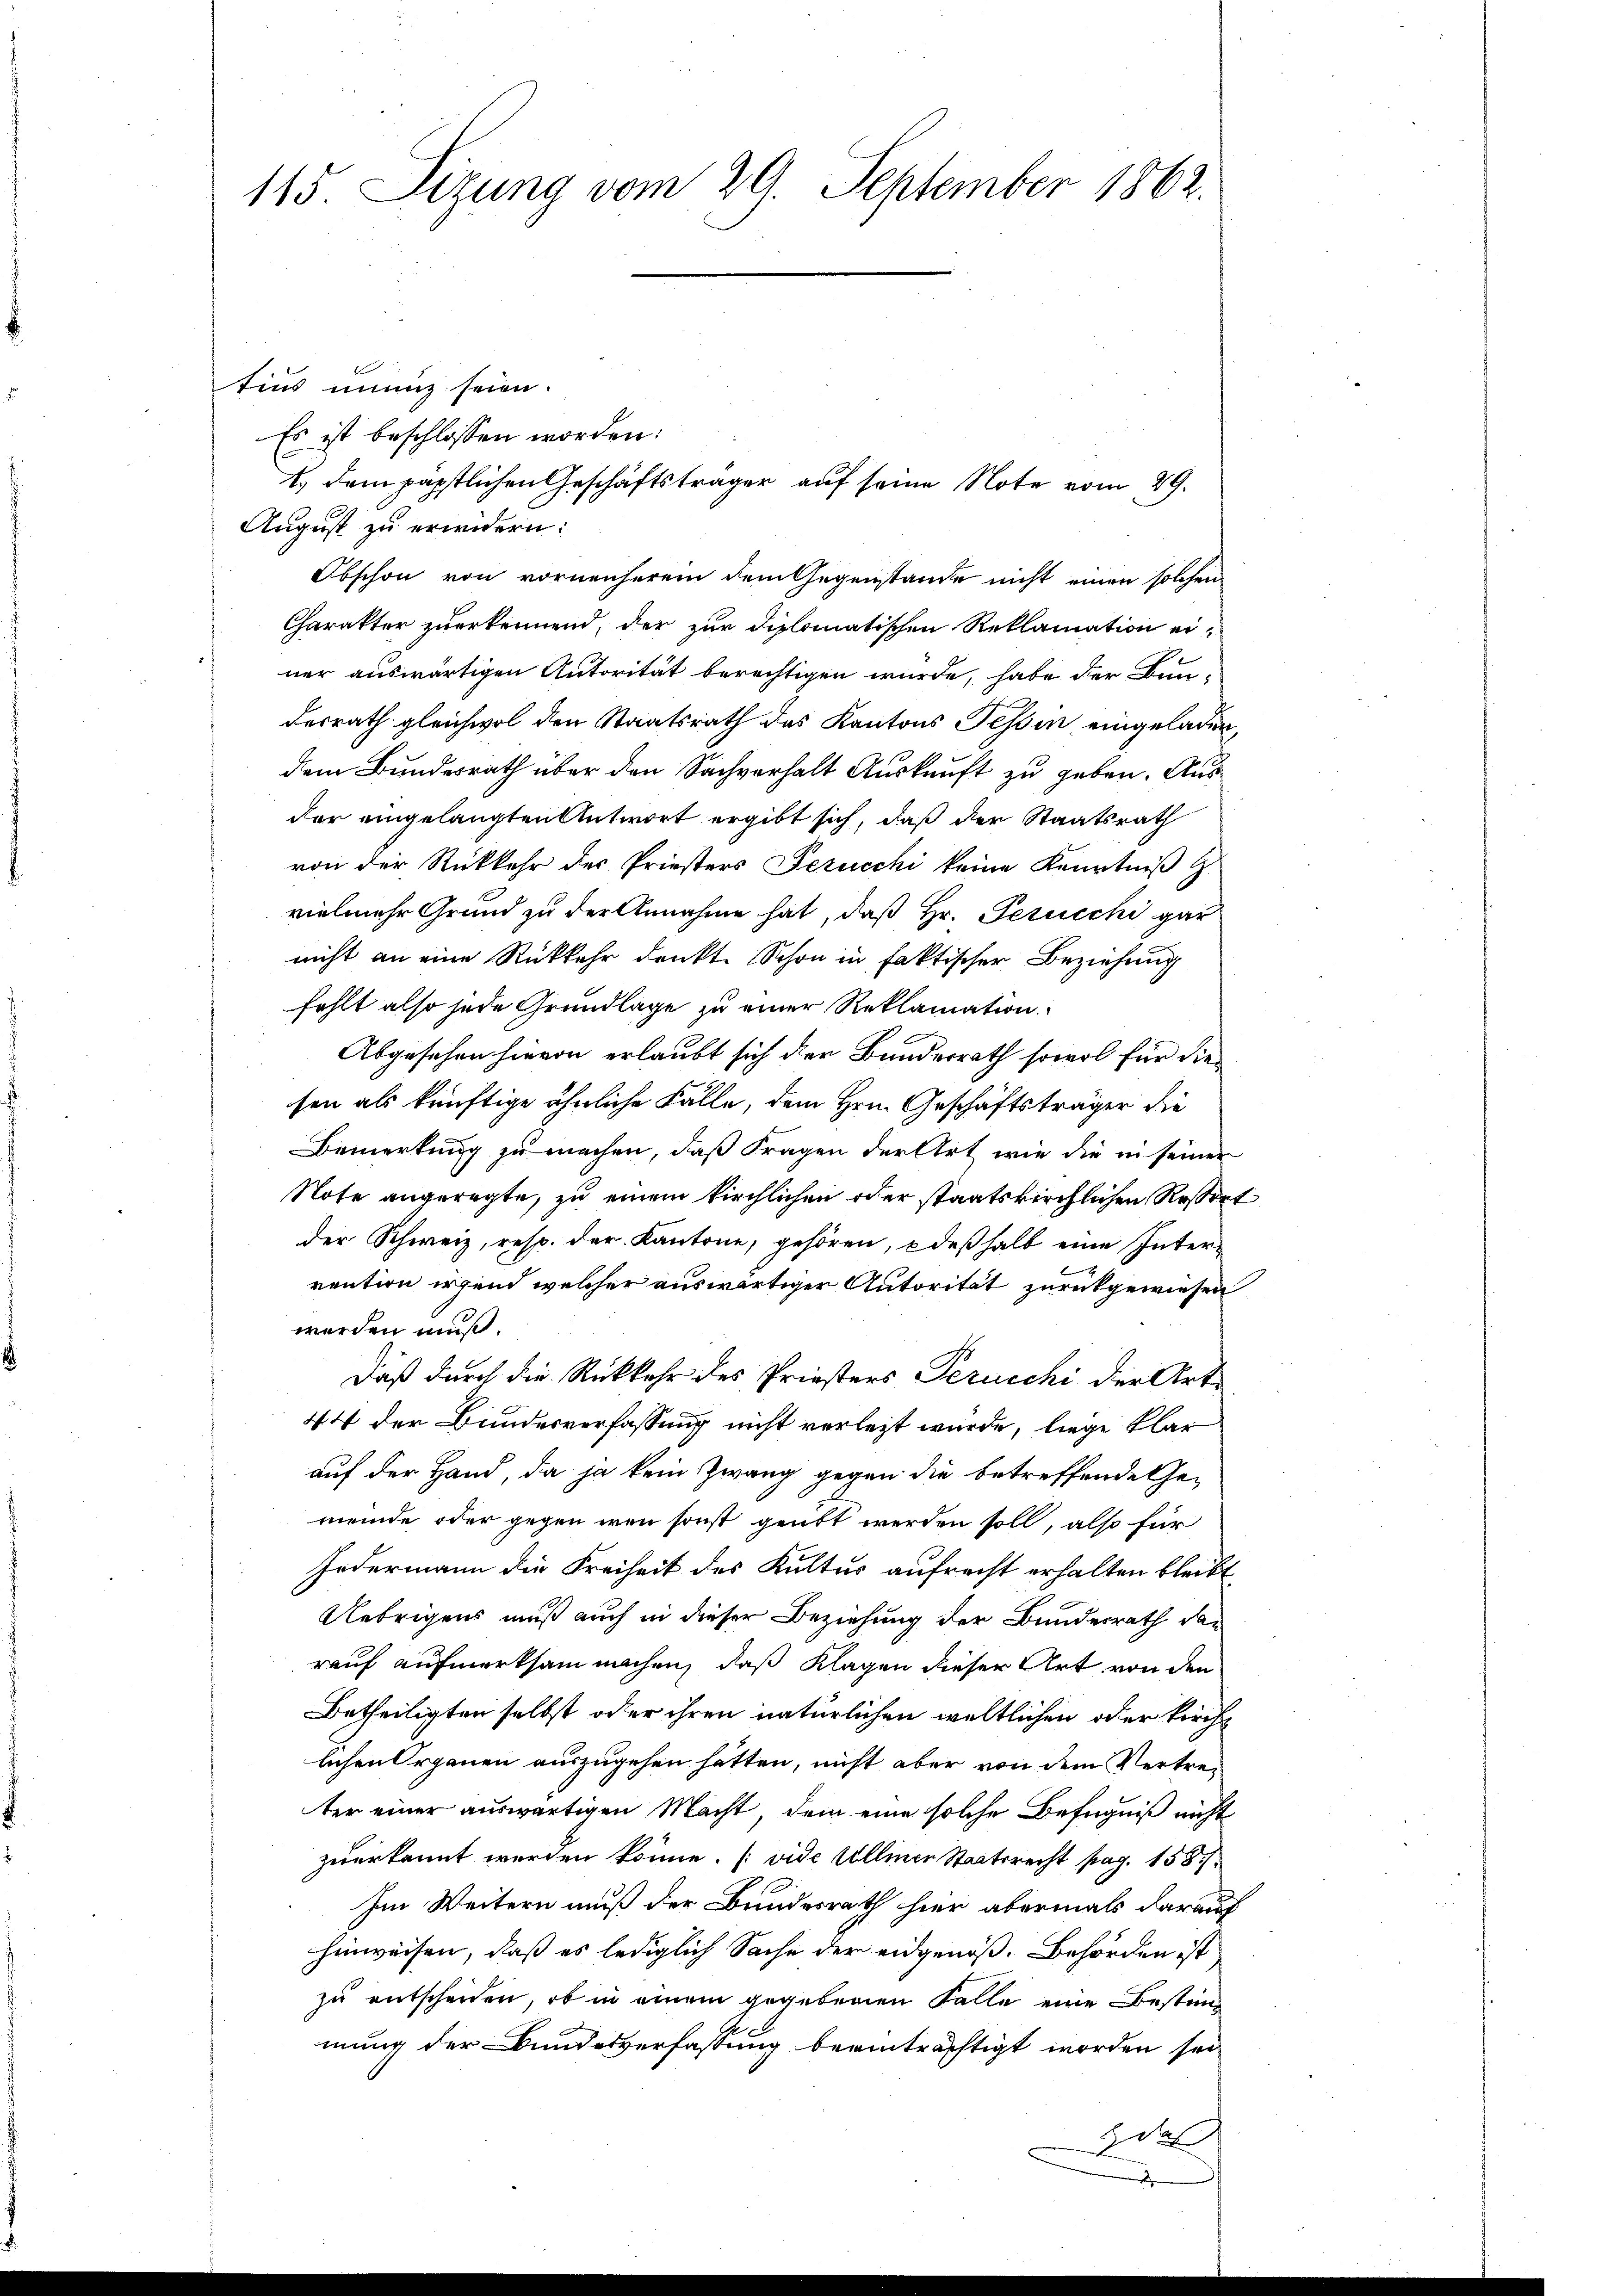
115. Sizung vom 29. September 1863.

tius unung seien.
Es ist beschlossen worden:
August zu erindern:
Obschon von vornenherem dem Gegenstände nicht einen solchen
Charakter zuerkennend, der zur diplomatischen Reklamation einer auswärtigen Autorität berechtigen wurde, habe der Bun-
derrath gleichwol den Staatsrath des Kantons Tessin eingeladen,
dem Bundesrath über den Sachverhalt Auskunft zu geben. Aus
der eingelangten Antwort ergibt sich, daß der Staatsrath
von der Rückkehr des Priesters Perucchi keine Kenntniß z
vielmehr Grund zu der Annahme hat, daß Hr. Perucchi gar
nicht an eine Rückkehr denkt. Schon in faktischer Beziehung
fehlt also jede Grundlage zu einer Reklamation.
Abgesehen hievon erlaubt sich der Bundesrath sowol für die
sen als künftige ähnliche Falle, dem Hrn. Geschäftsträger die
Bemerkung zu machen, daß Fragen der Art, wie die in seiner
Note angeregte, zu einem kirchlichen oder staatskirchlichen Resert
der Schweiz, resp. der Kantone, gehören, deßhalb eine Inter-
rention irgend welcher auswärtiger Autorität zurückgewiesen
werden muß.
Daß durch die Rückkehr des Priesters Perucchi der Art.
44 der Bundesverfassung nicht verlegt wurde, liege klar
auf der Hand, da ja kein Zwang gegen die betreffende Gemeinde oder gegen wenn sonst geübt werden soll, also für
Jedermann die Freiheit des Kultus aufrecht erhalten bleibt
Uebrigens muß auch in dieser Beziehung der Bundesrath dan
rauf aufmerksam machen, daß Klagen dieser Art von den
Betheiligten selbst oder ihren natürlichen weltlichen oder kirche
lichen Organen auszugehen hätten, nicht aber von dem Vertreter einer auswärtigen Macht, dem eine solche Befugniß nicht
zuerkannt werden könne. (vide Ullinen Staatsrecht pag. 158/
Im Weitern muß der Bundesrath hier abermals darauf
hinweisen, daß es lediglich Sache der eidgenoß. Behörden ist
zu entscheiden, ob in einem gegebenen Falle eine Bestimmung der Bundesverfassung beeinträchtigt worden sei.
das

1.) dem päpstlichen Geschäftsträger auf seine Note vom 29.